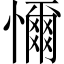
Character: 𢣚